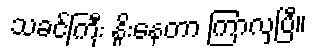
သခင်ကြီး နှိုးနေတာ ကြာလှပြီ။